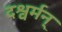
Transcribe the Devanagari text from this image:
दश्वर्मन्‌